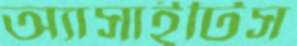
অ্যাসাইটিস